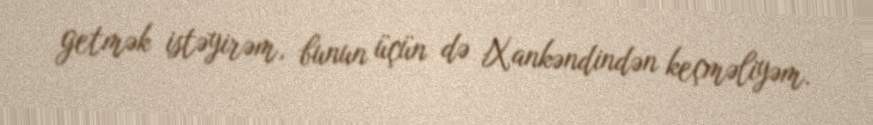
getmək istəyirəm, bunun üçün də Xankəndindən keçməliyəm.